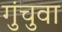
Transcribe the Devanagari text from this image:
गुंचुवा